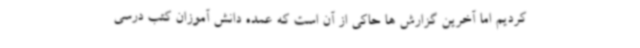
کردیم اما آخرین گزارش ها حاکی از آن است که عمده دانش آموزان کتب درسی